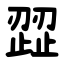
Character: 歰